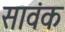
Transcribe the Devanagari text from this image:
सावंक